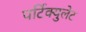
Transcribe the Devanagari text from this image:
पर्टिक्युलेट